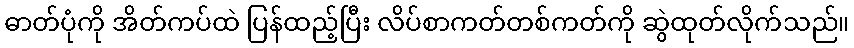
ဓာတ်ပုံကို အိတ်ကပ်ထဲ ပြန်ထည့်ပြီး လိပ်စာကတ်တစ်ကတ်ကို ဆွဲထုတ်လိုက်သည်။